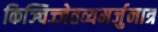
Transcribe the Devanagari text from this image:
किञ्चिज्जेतव्यमर्जुनात्र